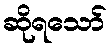
ဆိုရသော်